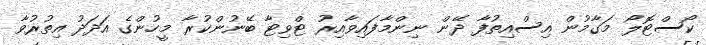
ކޯސްޓޮލޯ މަގާމުން އިސްއިތުފާ ދޭން ނިންމާފައިވާއިރު ޓްވިޓާ ބޭނުންކުރާ މީހުންގެ އަދަދު އިތުރުވާ